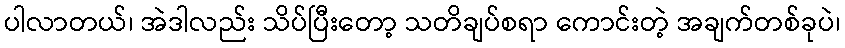
ပါလာတယ်၊ အဲဒါလည်း သိပ်ပြီးတော့ သတိချပ်စရာ ကောင်းတဲ့ အချက်တစ်ခုပဲ၊